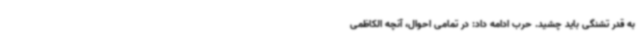
به قدر تشنگی باید چشید. حرب ادامه داد: در تمامی احوال، آنچه الکاظمی